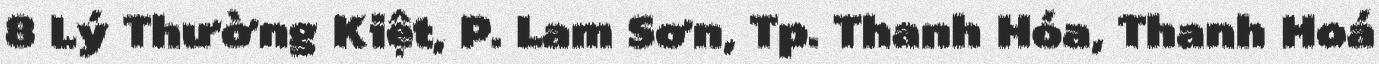
8 Lý Thường Kiệt, P. Lam Sơn, Tp. Thanh Hóa, Thanh Hoá